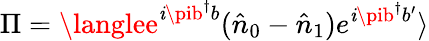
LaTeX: \Pi=\langlee^{\mathit{i}\pib^{\dagger}b}(\hat{{n}}_{0}-\hat{{n}}_{1})e^{\mathit{i}\pib^{\dagger}b^{\prime}}\rangle